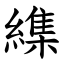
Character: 䌖